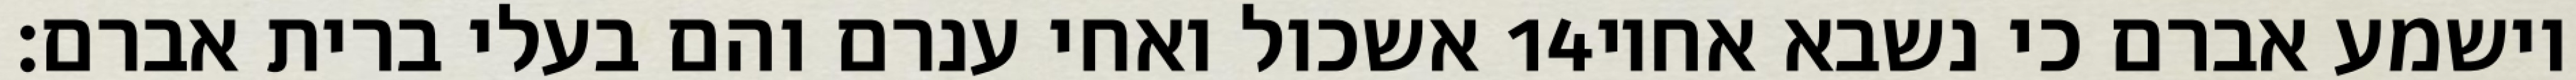
אשכול ואחי ענרם והם בעלי ברית אברם׃ ‎14‏ וישמע אברם כי נשבא אחיו